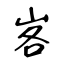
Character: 峉